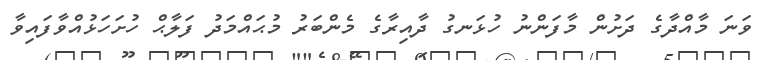
ވަނަ މާއްދާގެ ދަށުން މާފަންނު ހުޅަނގު ދާއިރާގެ މެންބަރު މުޙައްމަދު ފަލާޙް ހުށަހަޅުއްވާފައިވާ